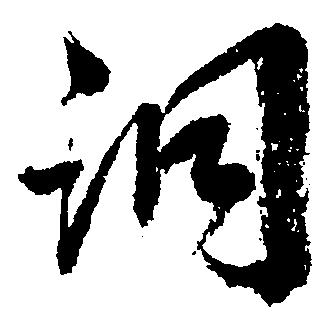
洞